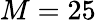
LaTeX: M=25